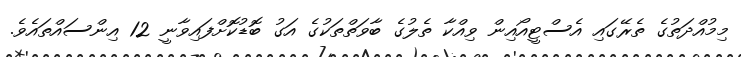
މިމުއްދަތުގެ ތެރޭގައި އެސްޓީއޯއިން ވިއްކާ ތެލުގެ ބާވަތްތަކުގެ އަގު ބޮޑުކޮށްފައިވާނީ 12 އިންސައްތައެވެ.